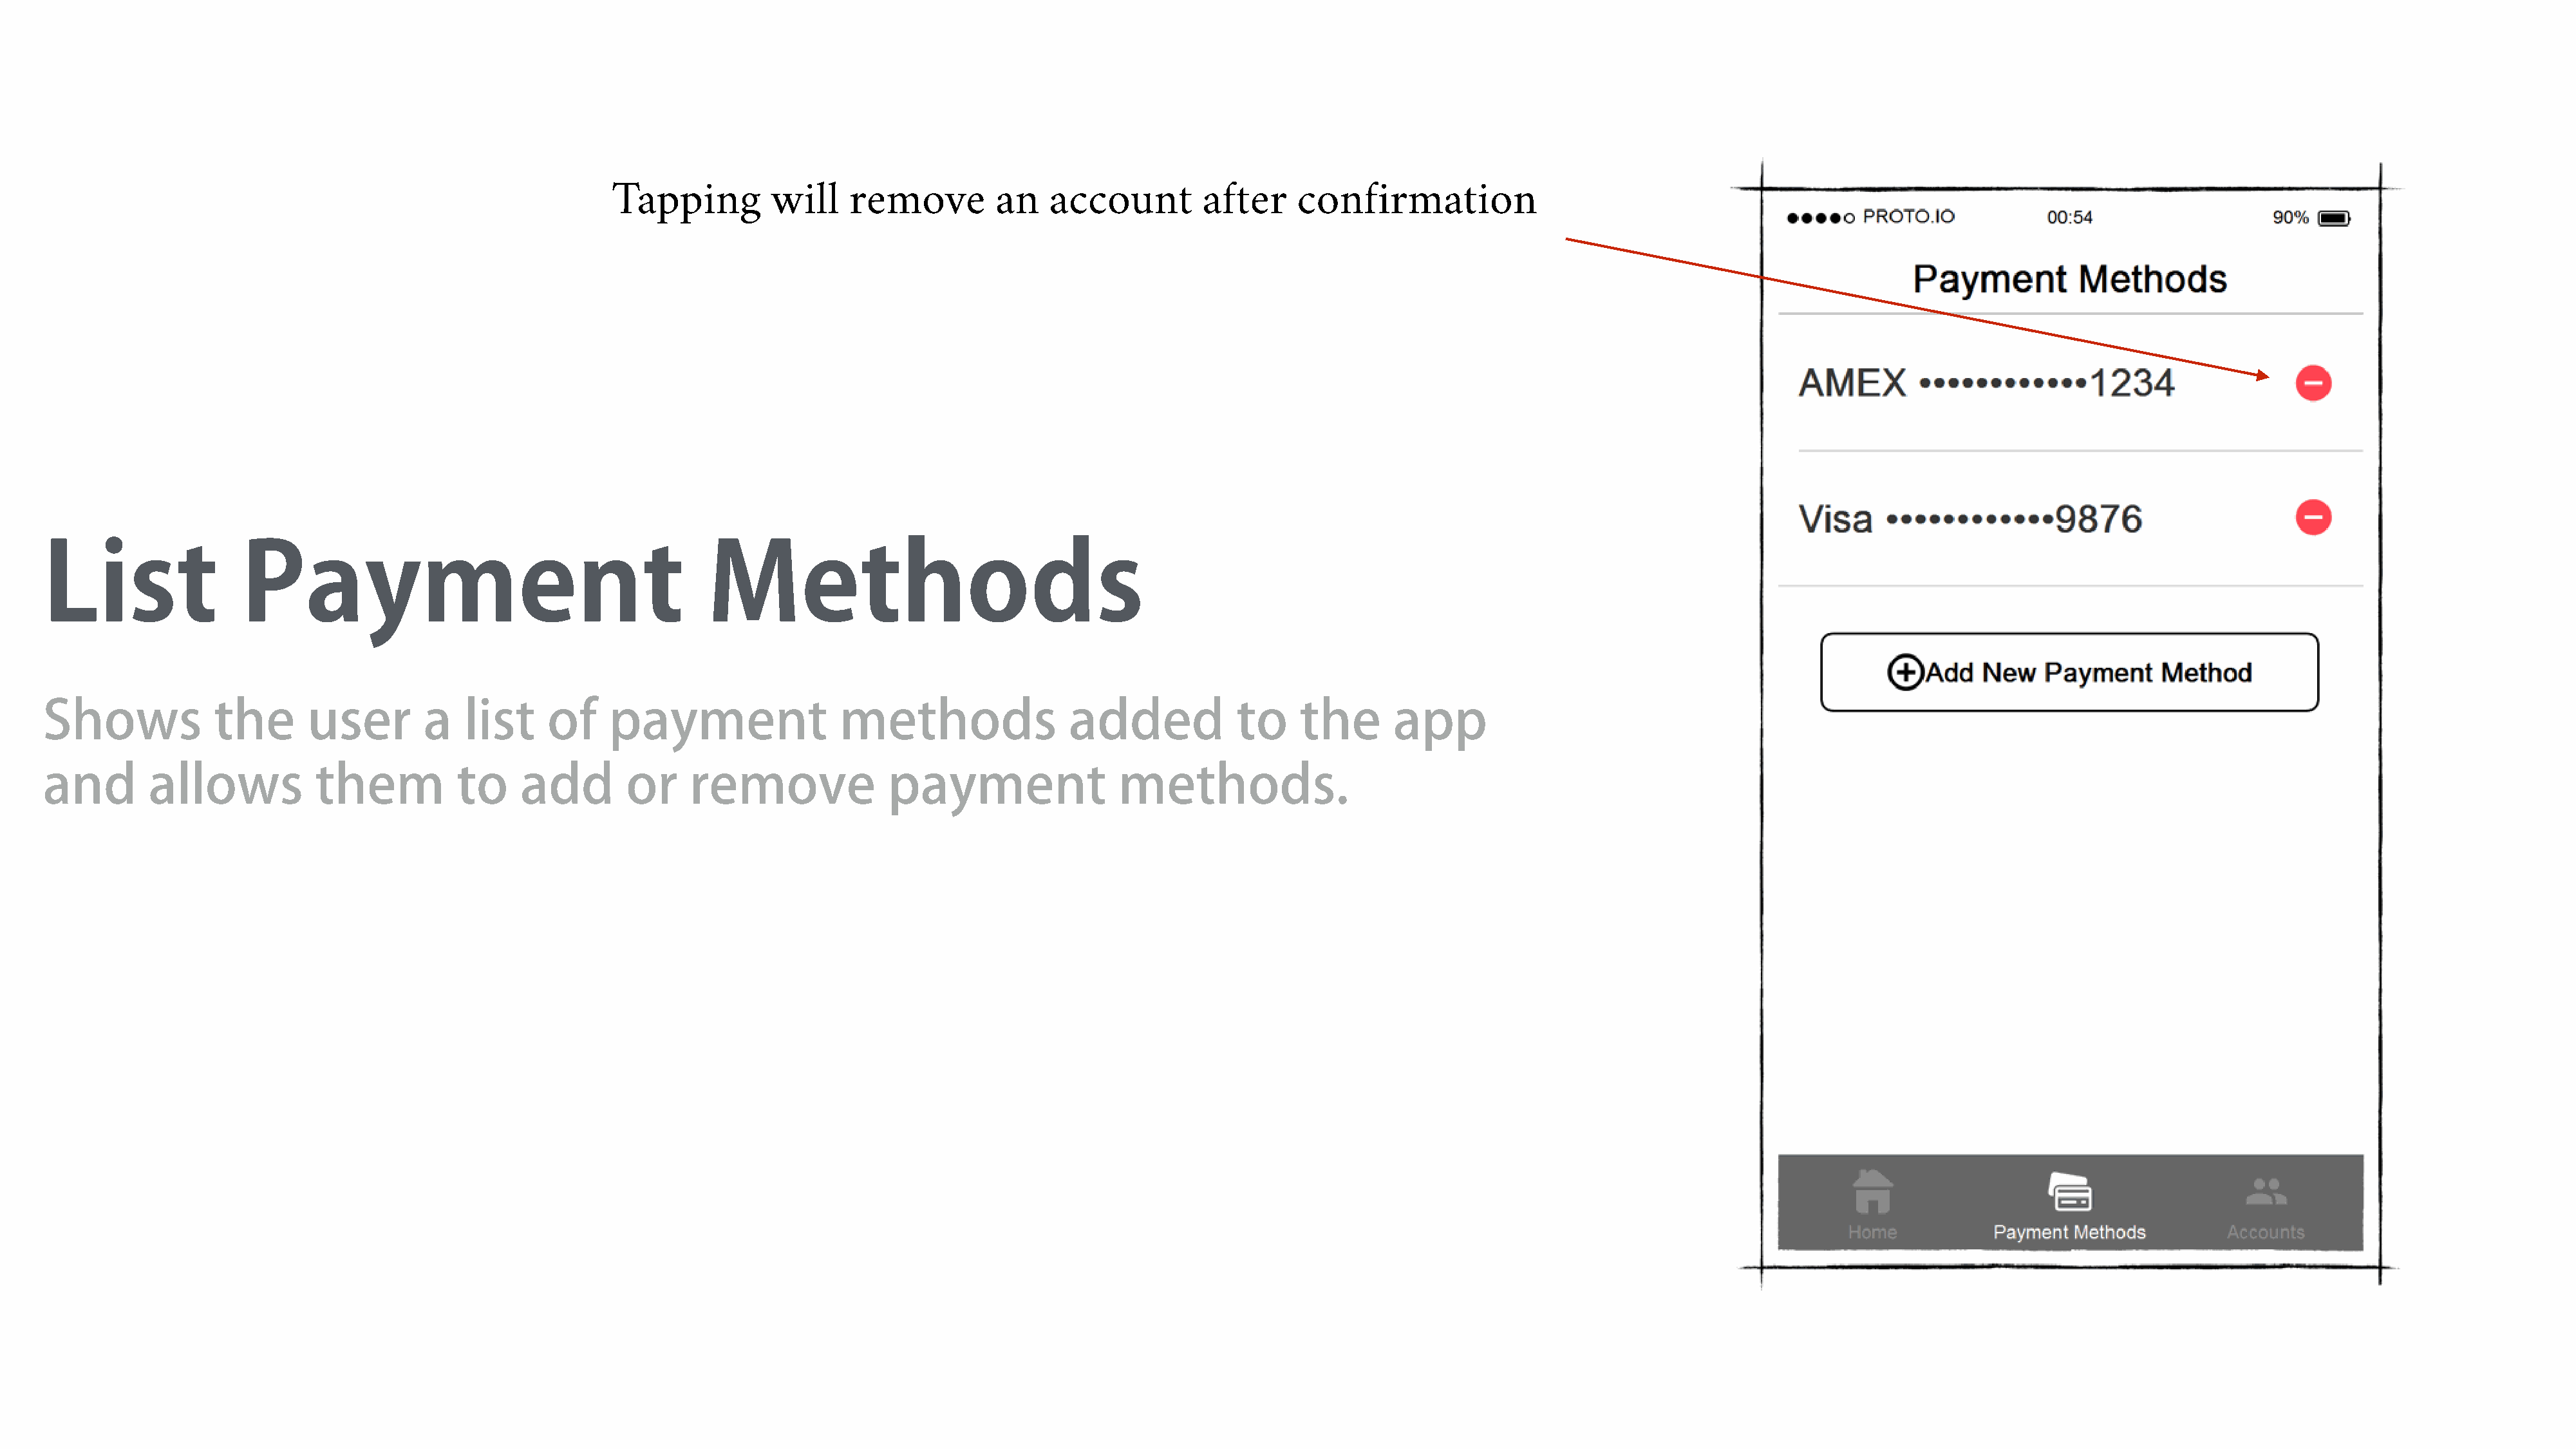
Tapping         will    remove         an    account         after    confirmation
 List                 Payment                                         Methods
 Shows             the       user        a   list    of     payment                methods                 added            to     the      app
 and        allows           them           to    add        or     remove              payment                 methods.